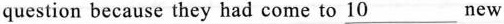
question because they had come to \underline{10}___new